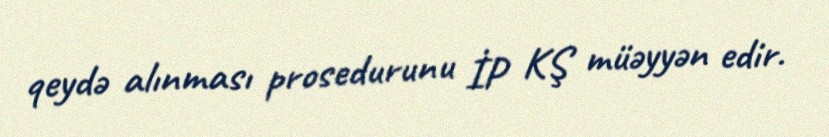
qeydə alınması prosedurunu İP KŞ müəyyən edir.